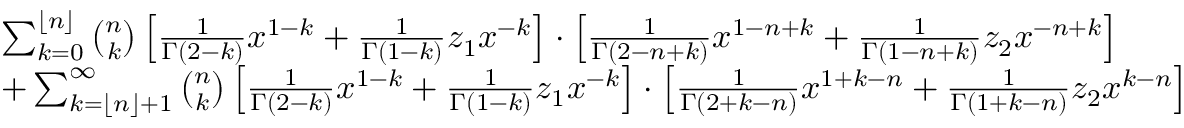
\begin{array} { r l } & { \sum _ { k = 0 } ^ { \lfloor n \rfloor } \binom { n } { k } \left[ \frac { 1 } { \Gamma ( 2 - k ) } x ^ { 1 - k } + \frac { 1 } { \Gamma ( 1 - k ) } z _ { 1 } x ^ { - k } \right] \cdot \left[ \frac { 1 } { \Gamma ( 2 - n + k ) } x ^ { 1 - n + k } + \frac { 1 } { \Gamma ( 1 - n + k ) } z _ { 2 } x ^ { - n + k } \right] } \\ & { + \sum _ { k = \lfloor n \rfloor + 1 } ^ { \infty } \binom { n } { k } \left[ \frac { 1 } { \Gamma ( 2 - k ) } x ^ { 1 - k } + \frac { 1 } { \Gamma ( 1 - k ) } z _ { 1 } x ^ { - k } \right] \cdot \left[ \frac { 1 } { \Gamma ( 2 + k - n ) } x ^ { 1 + k - n } + \frac { 1 } { \Gamma ( 1 + k - n ) } z _ { 2 } x ^ { k - n } \right] } \end{array}